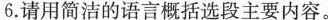
6.请用简洁的语言概括选段主要内容。